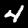
Label: 4